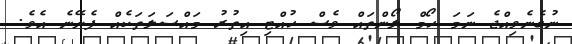
ނުގެނެވިއްޖެ ނަމަ ހޯމް ލޯންތައް ވެސް ހުއްޓި އިތުރު މައްސަލަތަކެއް ފެށޭނެ އެވެ.